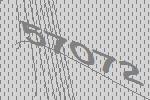
57072